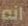
انه